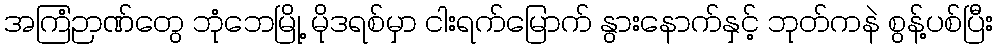
အကြံဉာဏ်တွေ ဘုံဘေမြို့ မိုဒရစ်မှာ ငါးရက်မြောက် နွားနောက်နှင့် ဘုတ်ကနဲ စွန့်ပစ်ပြီး